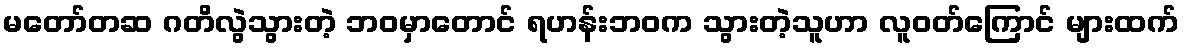
မတော်တဆ ဂတိလွဲသွားတဲ့ ဘဝမှာတောင် ရဟန်းဘဝက သွားတဲ့သူဟာ လူဝတ်ကြောင် များထက်